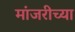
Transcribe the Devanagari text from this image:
मांजरीच्या